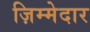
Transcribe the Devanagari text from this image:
ज़िम्‍मेदार